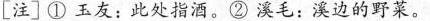
[注]①玉友：此处指酒。②溪毛：溪边的野菜。